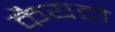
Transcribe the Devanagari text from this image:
कैयटो